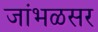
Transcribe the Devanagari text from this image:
जांभळसर